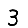
Digit: 3